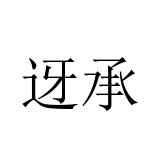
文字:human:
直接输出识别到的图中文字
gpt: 迓承